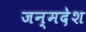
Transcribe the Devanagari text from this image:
जन्मदेश